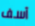
آسف